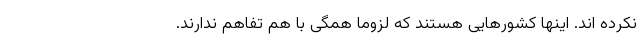
نکرده اند. اینها کشورهایی هستند که لزوما همگی با هم تفاهم ندارند.